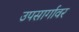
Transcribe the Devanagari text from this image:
उपसार्गावर